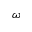
\omega